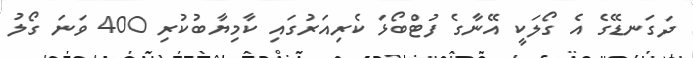
ދަގަނޑޭގެ އެ ގޯލަކީ އޭނާގެ ފުޓްބޯޅަ ކެރިއަރުގައި ކާމިޔާބުކުރި 400 ވަނަ ގޯލު